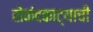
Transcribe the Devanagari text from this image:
सेकंदकाट्याची